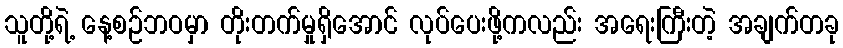
သူတို့ရဲ့ နေ့စဉ်ဘဝမှာ တိုးတက်မှုရှိအောင် လုပ်ပေးဖို့ကလည်း အရေးကြီးတဲ့ အချက်တခု